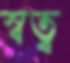
স্বত্ব